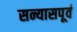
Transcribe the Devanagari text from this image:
सन्यासपूर्व